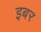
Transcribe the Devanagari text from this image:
इबर